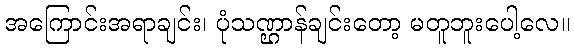
အကြောင်းအရာချင်း၊ ပုံသဏ္ဌာန်ချင်းတော့ မတူဘူးပေါ့လေ။